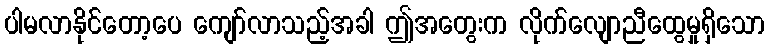
ပါမလာနိုင်တော့ပေ ကျော်လာသည့်အခါ ဤအတွေးက လိုက်လျောညီထွေမှုရှိသော